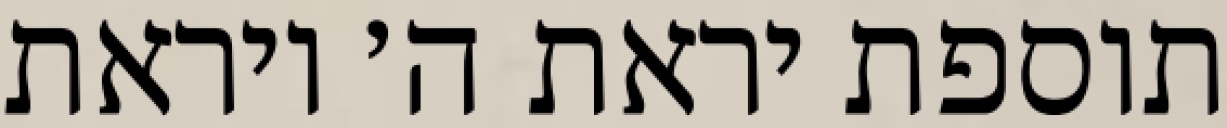
תוספת יראת ה׳ ויראת